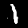
Digit: 1